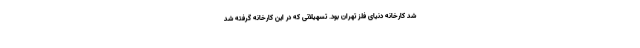
شد کارخانه دنیای فلز تهران بود. تسهیلاتی که در این کارخانه گرفته شد